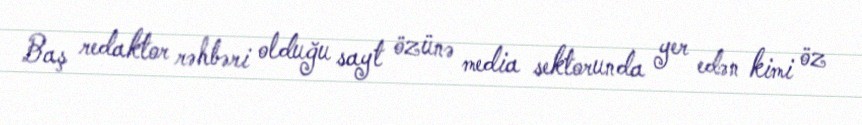
Baş redaktor rəhbəri olduğu sayt özünə media sektorunda yer edən kimi öz